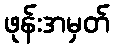
ဖုန်းအမှတ်